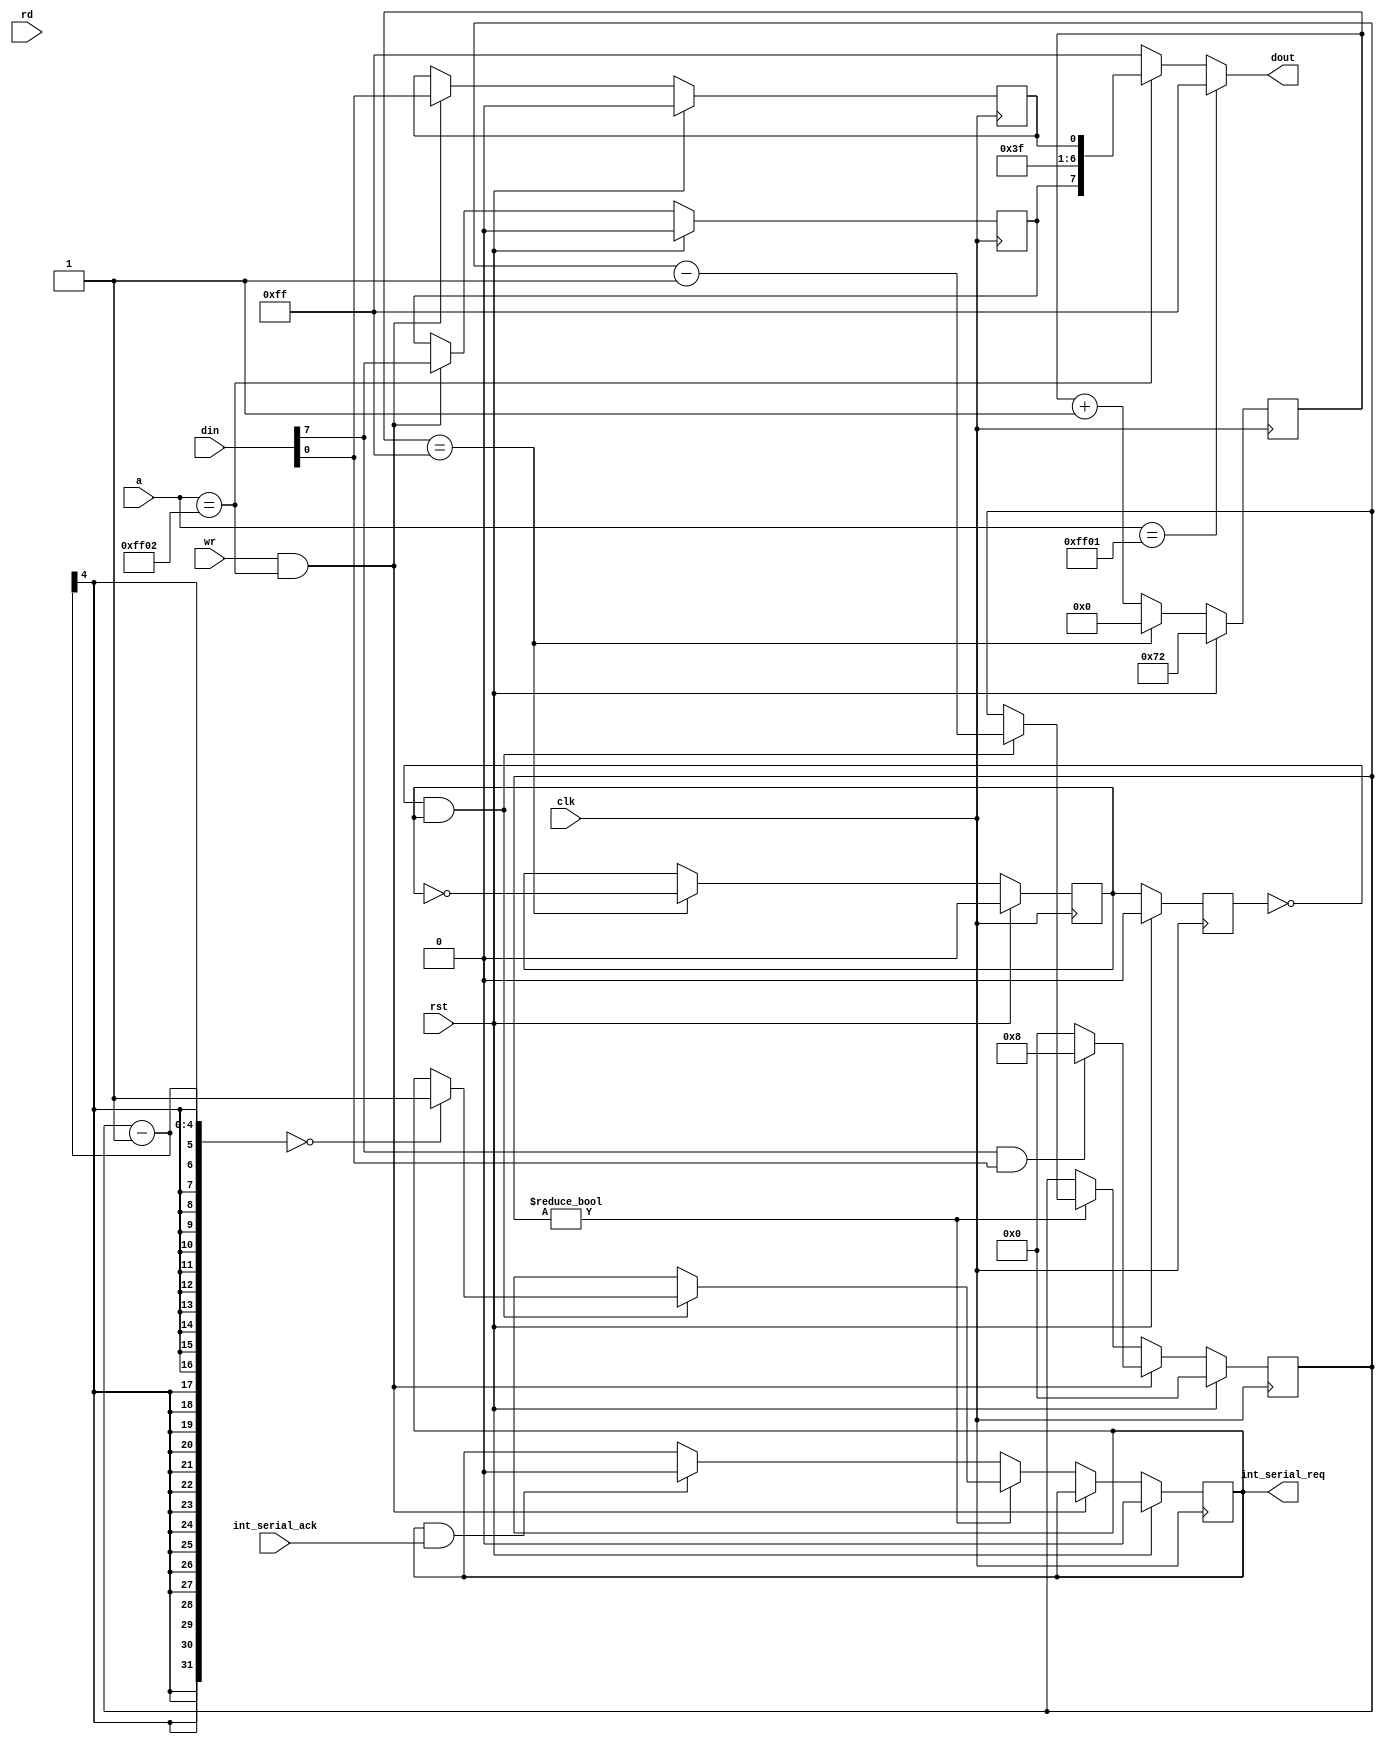
`timescale 1ns / 1ns
//////////////////////////////////////////////////////////////////////////////////
// Company:
//
// Module Name:    serial
// Project Name:   VerilogBoy
// Description:
//   Dummy serial interface
// Dependencies:
//
// Additional Comments:
//
//////////////////////////////////////////////////////////////////////////////////
module serial(
    input clk,
    input rst,
    input wire [15:0] a,
    output reg [7:0] dout,
    input wire [7:0] din,
    input wire rd,
    input wire wr,
    output reg int_serial_req,
    input wire int_serial_ack
    );

    reg clk_spi; //8kHz SPI Clock

    /*clk_div #(.WIDTH(10), .DIV(512)) spi_div(
        .i(clk),
        .o(clk_spi)
    );*/

    reg [8:0] counter;

    always @(posedge clk)
    begin
        if (rst) begin
            counter <= 9'h72;
            clk_spi <= 1'b0;
        end
        else begin
            if (counter == (512 / 2 - 1)) begin
                clk_spi <= ~clk_spi;
                counter <= 0;
            end
            else
                counter <= counter + 1'b1;
        end
    end

    //reg [7:0] reg_sb;
    reg reg_sc_start;
    reg reg_sc_int;

    always @(*) begin
        dout = 8'hff;
        if (a == 16'hff01) dout = 8'hff; else
        if (a == 16'hff02) dout = {reg_sc_start, 6'b111111, reg_sc_int};
    end

    reg [3:0] count;
    reg last_clk;

    always @(posedge clk) begin
        if (rst) begin
            //reg_sb <= 8'h00;
            reg_sc_start <= 1'b0;
            reg_sc_int <= 1'b0;
            int_serial_req <= 1'b0;
            count <= 4'd0;
            last_clk <= 1'b0;
        end
        else begin
            last_clk <= clk_spi;
            //if      (wr && (a == 16'hff01)) reg_sb <= din;
            if (wr && (a == 16'hff02)) begin
                reg_sc_start <= din[7];
                reg_sc_int <= din[0];
                if (din[7] && din[0]) count <= 4'd8;
                else count <= 4'd0;
            end
            else begin
                // Dummy serial interface
                if (count != 4'd0) begin
                    if (!last_clk && clk_spi) begin
                        count <= count - 4'd1;
                        if ((count - 4'd1) == 0) begin
                            int_serial_req <= 1'b1;
                        end
                    end
                end
                else begin
                    if ((int_serial_req)&&(int_serial_ack)) begin
                        int_serial_req <= 1'b0;
                    end
                end
            end
        end
    end


endmodule